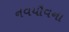
નવયૌવના